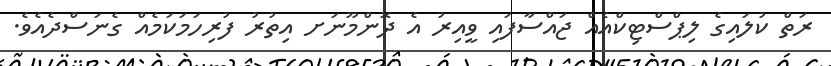
ރަތް ކުލައިގެ ލިޕްސްޓިކްއެއް ޖައްސާފައި ވީއިރު އެ ދޮންމޫނަށ އިތުރު ފުރިހަމަކަމެއް ގެނަސްދެއެވެ.